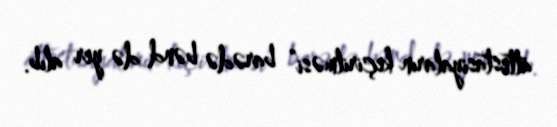
attestasiyaların keçirilməsi” barədə bənd də yer alıb.